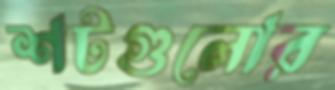
শটগুলোর